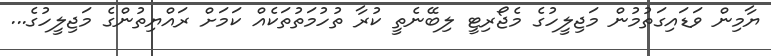
ޔާމިން ވަޑައިގަތުމުން މަޖިލީހުގެ މެޖޯރިޓީ ލިބޭނެތީ ކުރާ ތުހުމަތުތަކެއް ކަމަށް ރައްޔިތުންގެ މަޖިލީހުގެ...